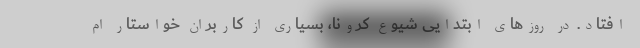
افتاد. در روزهای ابتدایی شیوع کرونا، بسیاری از کاربران خواستار ام